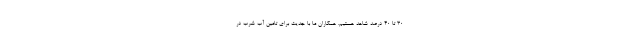
۳۰ تا ۴۰ درصد شاهد هستیم. همکاران ما با جدیت برای تامین آب شرب در